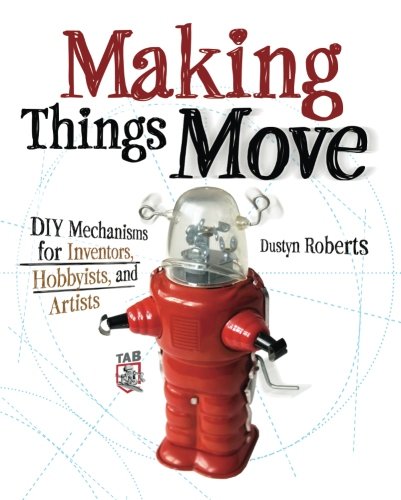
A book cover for Making Things Move DIY Mechanisms for Inventors, Hobbyists, and Artists; Dustyn Roberts; Engineering & Transportation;